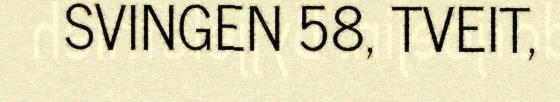
SVINGEN 58, TVEIT,